system: You are a helpful assistant.
user:
Analyze the provided spectrum to determine if it is a **"Cataclysmic Variables (CV)"**.

- **Key Indicators for CV (Check for either state):**
    - **State 1: Quiescent / Low-State (Emission-Dominated)**
        - **(Primary):** Strong and *very broad* Hydrogen Balmer emission lines (e.g., $H\alpha$ at 6563 Å, $H\beta$ at 4861 Å). The 'broadness' (high velocity dispersion, often FWHM > 1000 km/s) is the key diagnostic, indicating a high-velocity accretion disk.
        - **(Secondary):** Broad neutral Helium (He I) emission lines (e.g., 5876 Å, 6678 Å).
        - **(Key Confirmation):** Presence of high-excitation *ionized* Helium (He II) emission at 4686 Å. This is a strong indicator of accretion onto a white dwarf.
        - **(Line Profile):** Emission lines may exhibit a 'double-peaked' profile, which is a classic signature of a rotating accretion disk viewed at high inclination.

    - **State 2: Outburst / High-State (Absorption-Dominated)**
        - **(Primary):** Spectrum is dominated by a bright, blue continuum (looks like a hot star).
        - **(Secondary):** The emission lines from State 1 are weak, absent, or 'filled in', and are replaced by broad, shallow *absorption* lines (primarily Balmer and He I).
        - **(Morphology):** The overall spectrum mimics a hot B/A-type star. The crucial difference is that the absorption lines are significantly broader, shallower, and more 'washed-out' (or 'smeared') than the sharp lines of a normal stellar photosphere, due to high rotational speeds and pressure broadening in the disk.

Think first, call **spectral_visualization_tool** if needed to examine features in detail, then provide your final answer. Your response must adhere to the following strict rules:
1.  **Overall Structure:** Your response must follow the format `<think>...</think> <tool_call>...</tool_call> (if a tool is used) <answer>...</answer>`.
2.  **Tool Usage Constraint:** You may only make **one** tool call per turn.
3.  **Final Answer Format:** In the `<answer>` tag, your conclusion must be inside a `\boxed{}` command (e.g., `\boxed{YES}`), followed by your justification.

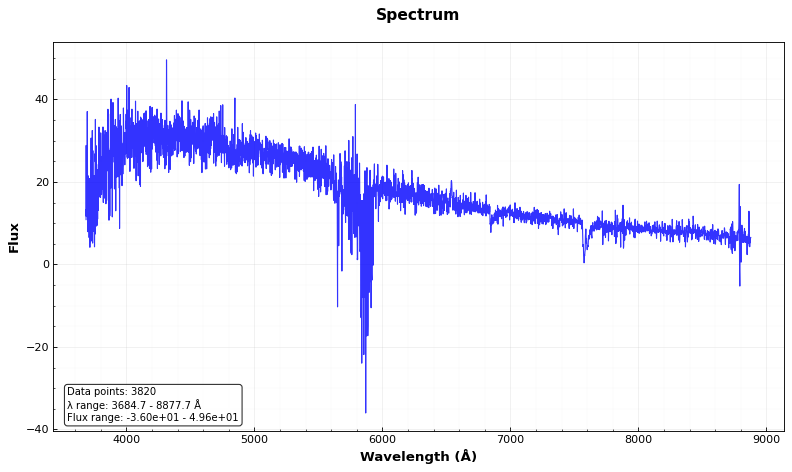
Answer: NO